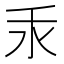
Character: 𱥮